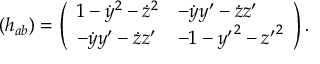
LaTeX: ( h _ { a b } ) = \left( \begin{array} { l l } { { 1 - \dot { y } ^ { 2 } - \dot { z } ^ { 2 } } } & { { - \dot { y } y ^ { \prime } - \dot { z } z ^ { \prime } } } \\ { { - \dot { y } y ^ { \prime } - \dot { z } z ^ { \prime } } } & { { - 1 - { y ^ { \prime } } ^ { 2 } - { z ^ { \prime } } ^ { 2 } } } \end{array} \right) .